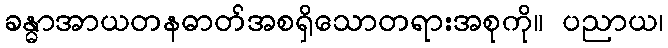
ခန္ဓာအာယတနဓာတ်အစရှိသောတရားအစုကို။ ပညာယ၊